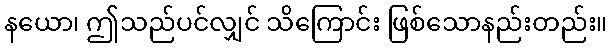
နယော၊ ဤသည်ပင်လျှင် သိကြောင်း ဖြစ်သောနည်းတည်း။